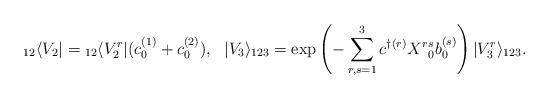
LaTeX: \begin{align*}{}_{12}\langle V_2| = {}_{12}\langle V_2^r|(c_0^{(1)}+c_0^{(2)}),\ \ |V_3\rangle_{123}=\exp\left(-\sum_{r,s=1}^3c^{\dagger(r)}X^r{}^s_0b^{(s)}_0\right)|V_3^r\rangle_{123}.\end{align*}